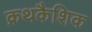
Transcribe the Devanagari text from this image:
क्रथकैशिक